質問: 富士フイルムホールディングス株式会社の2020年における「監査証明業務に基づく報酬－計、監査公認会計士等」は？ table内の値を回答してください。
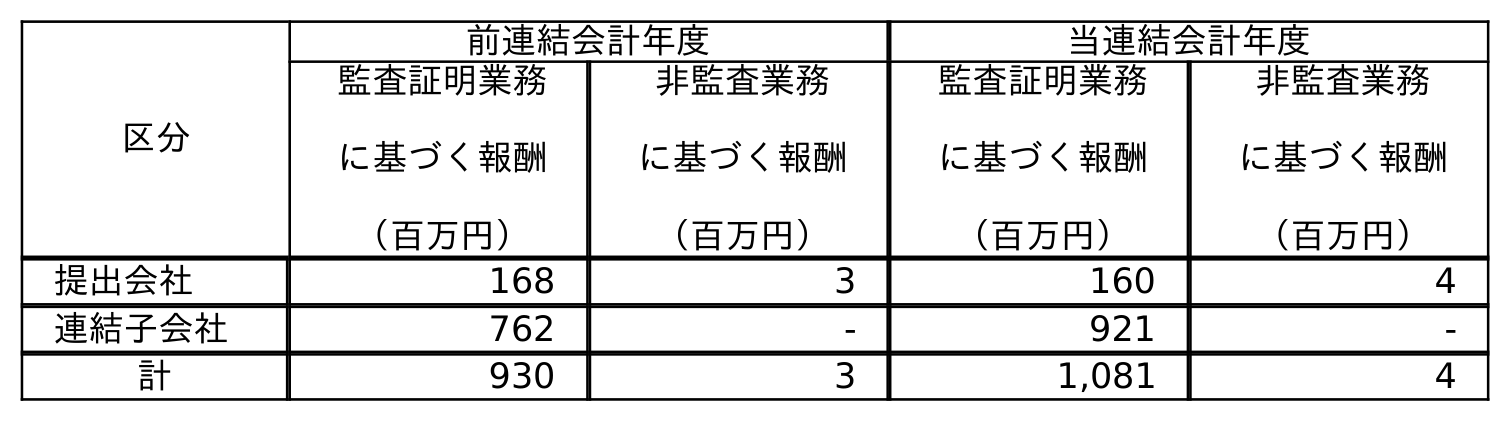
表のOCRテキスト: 区分 前連結会計年度 当連結会計年度 監査証明業務 に基づく報酬 （百万円） 非監査業務 に基づく報酬 （百万円） 監査証明業務 に基づく報酬 （百万円） 非監査業務 に基づく報酬 （百万円） 提出会社 168 3 160 4 連結子会社 762 - 921 - 計 930 3 1,081 4
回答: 1,081